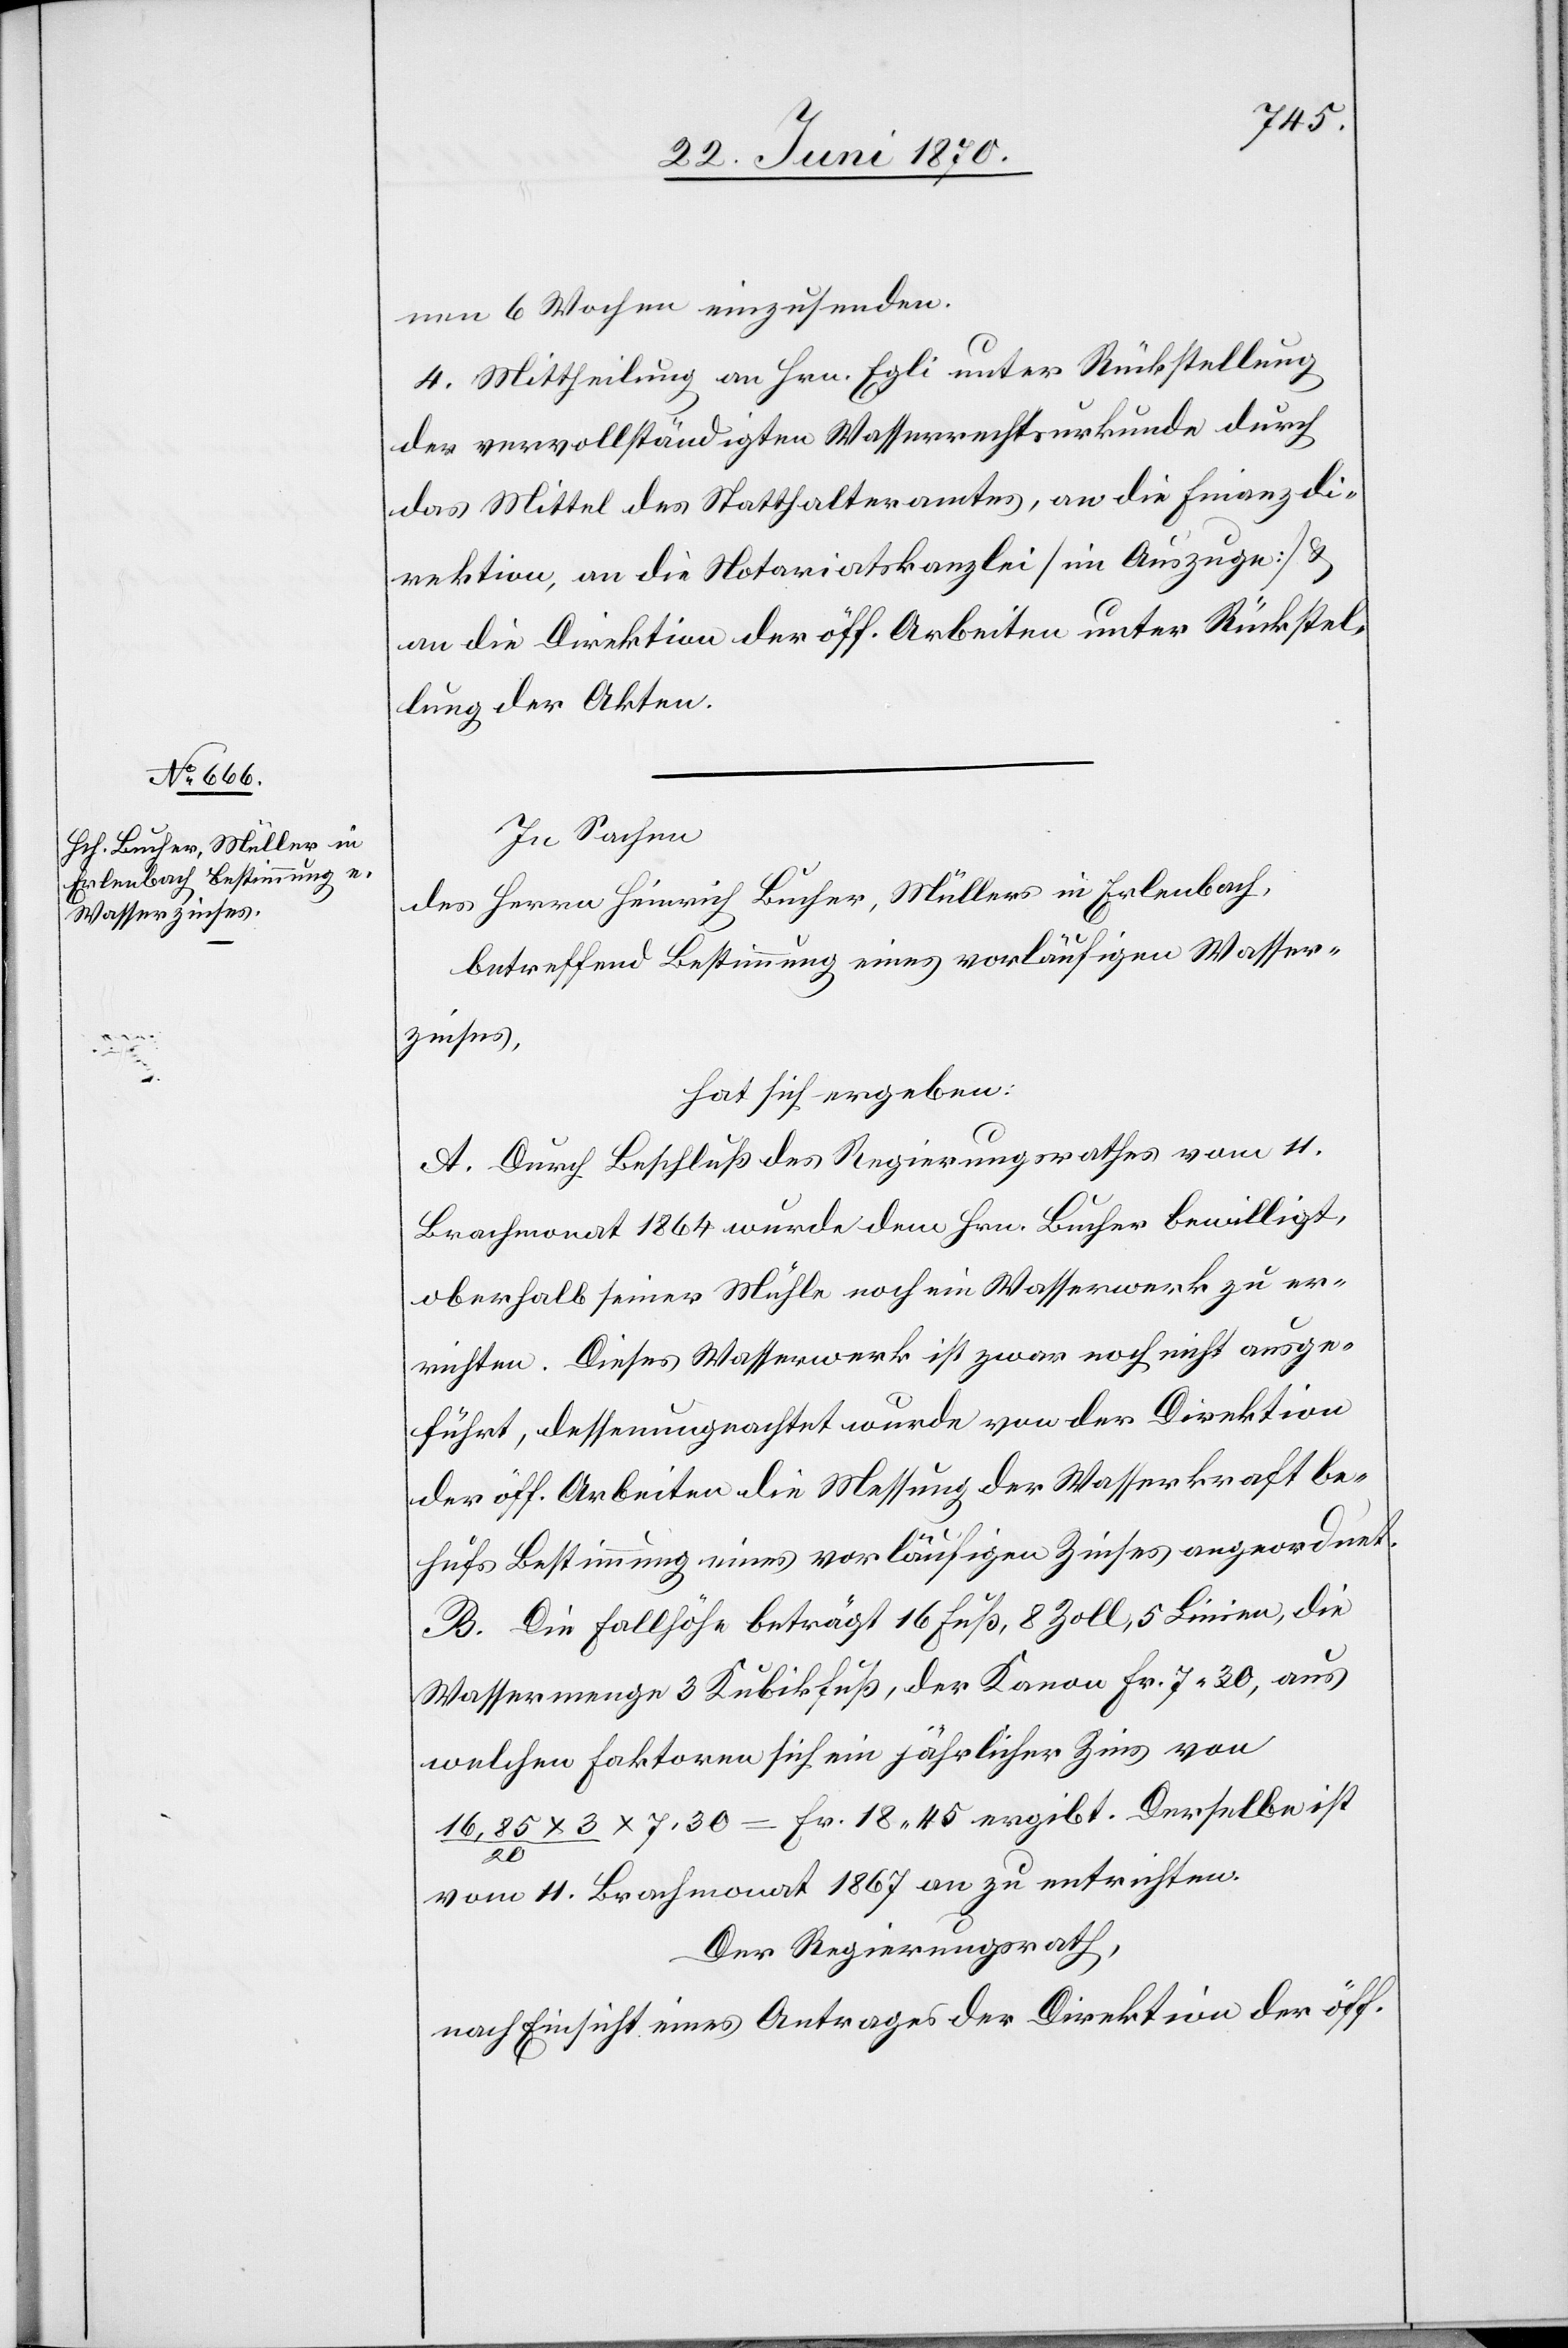
nen 6 Wochen einzusenden.
4. Mittheilung an Hrn. Egli unter Rückstellung
der vervollständigten Wasserrechtsurkunde durch
das Mittel des Statthalteramtes, an die Finanzdi¬
rektion, an die Notariatskanzlei im Auszuge &
an die Direktion der öff. Arbeiten unter Rückstel¬
lung der Akten.
In Sachen
des Herrn Heinrich Bucher, Müllers in Erlenbach,
betreffend Bestimmung eines vorläufigen Wasser¬
zinses,
hat sich ergeben:
A. Durch Beschluß des Regierungsrathes vom 11.
Brachmonat 1864 wurde dem Hrn. Bucher bewilligt,
oberhalb seiner Mühle noch ein Wasserwerk zu er¬
richten. Dieses Wasserwerk ist zwar noch nicht ausge¬
führt, dessenungeachtet wurde von der Direktion
der öff. Arbeiten die Messung der Wasserkraft be¬
hufs Bestimmung eines vorläufigen Zinses angeordnet.
B. Die Fallhöhe beträgt 16 Fuß, 8 Zoll, 5 Linien, die
Wassermenge 3 Kubikfuß, der Kanon Fr. 7.30, aus
welchen Faktoren sich ein jährlicher Zins von
16,85 x 3/20 x 7,30 = Fr. 18.45 ergibt. Derselbe ist
vom 11. Brachmonat 1867 an zu entrichten.
Der Regierungsrath,
nach Einsicht eines Antrages der Direktion der öff.